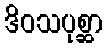
ဒိဝသပုစ္ဆာ